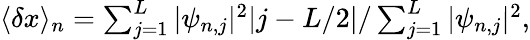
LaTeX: \begin{array}{r}{\langle\delta x\rangle_{n}=\sum_{j=1}^{L}|\psi_{n,j}|^{2}|j-L/2|/\sum_{j=1}^{L}|\psi_{n,j}|^{2},}\end{array}